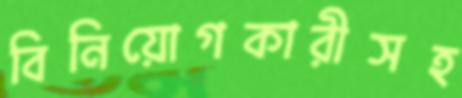
বিনিয়োগকারীসহ